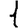
Digit: 1